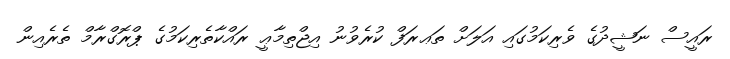
ރައީސް ނަޝީދުގެ ވެރިކަމުގައި އަލަށް ތަޢރަފް ކުރެވުނު އިޖްތިމާޢީ ރައްކާތެރިކަމުގެ ޕްރޮގްރާމް ތެރެއިން